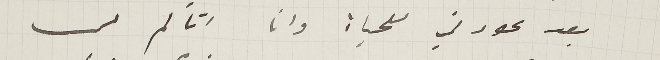
بعد عودتي للحياة وانا اتألم من